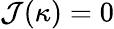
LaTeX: \mathcal{J}(\kappa)=0